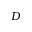
D